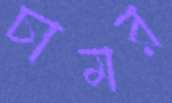
চামর